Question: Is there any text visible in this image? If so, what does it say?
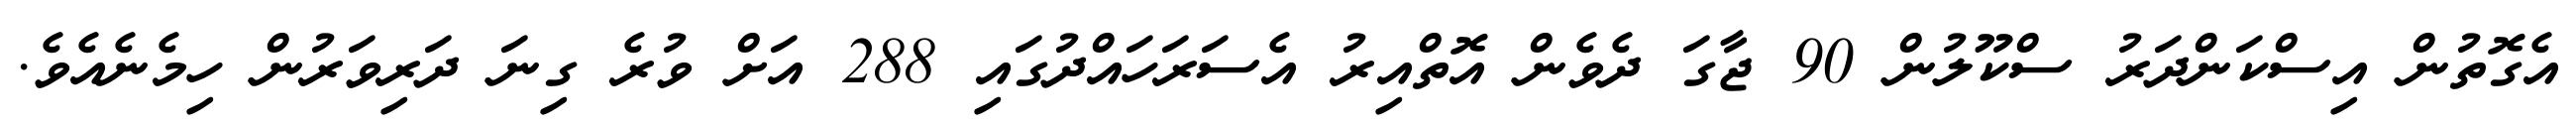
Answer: އެގޮތުން އިސްކަންދަރު ސްކޫލުން 90 ޖާގަ ދެވެން އޮތްއިރު އެސަރަހައްދުގައި 288 އަށް ވުރެ ގިނަ ދަރިވަރުން ހިމެނެއެވެ.